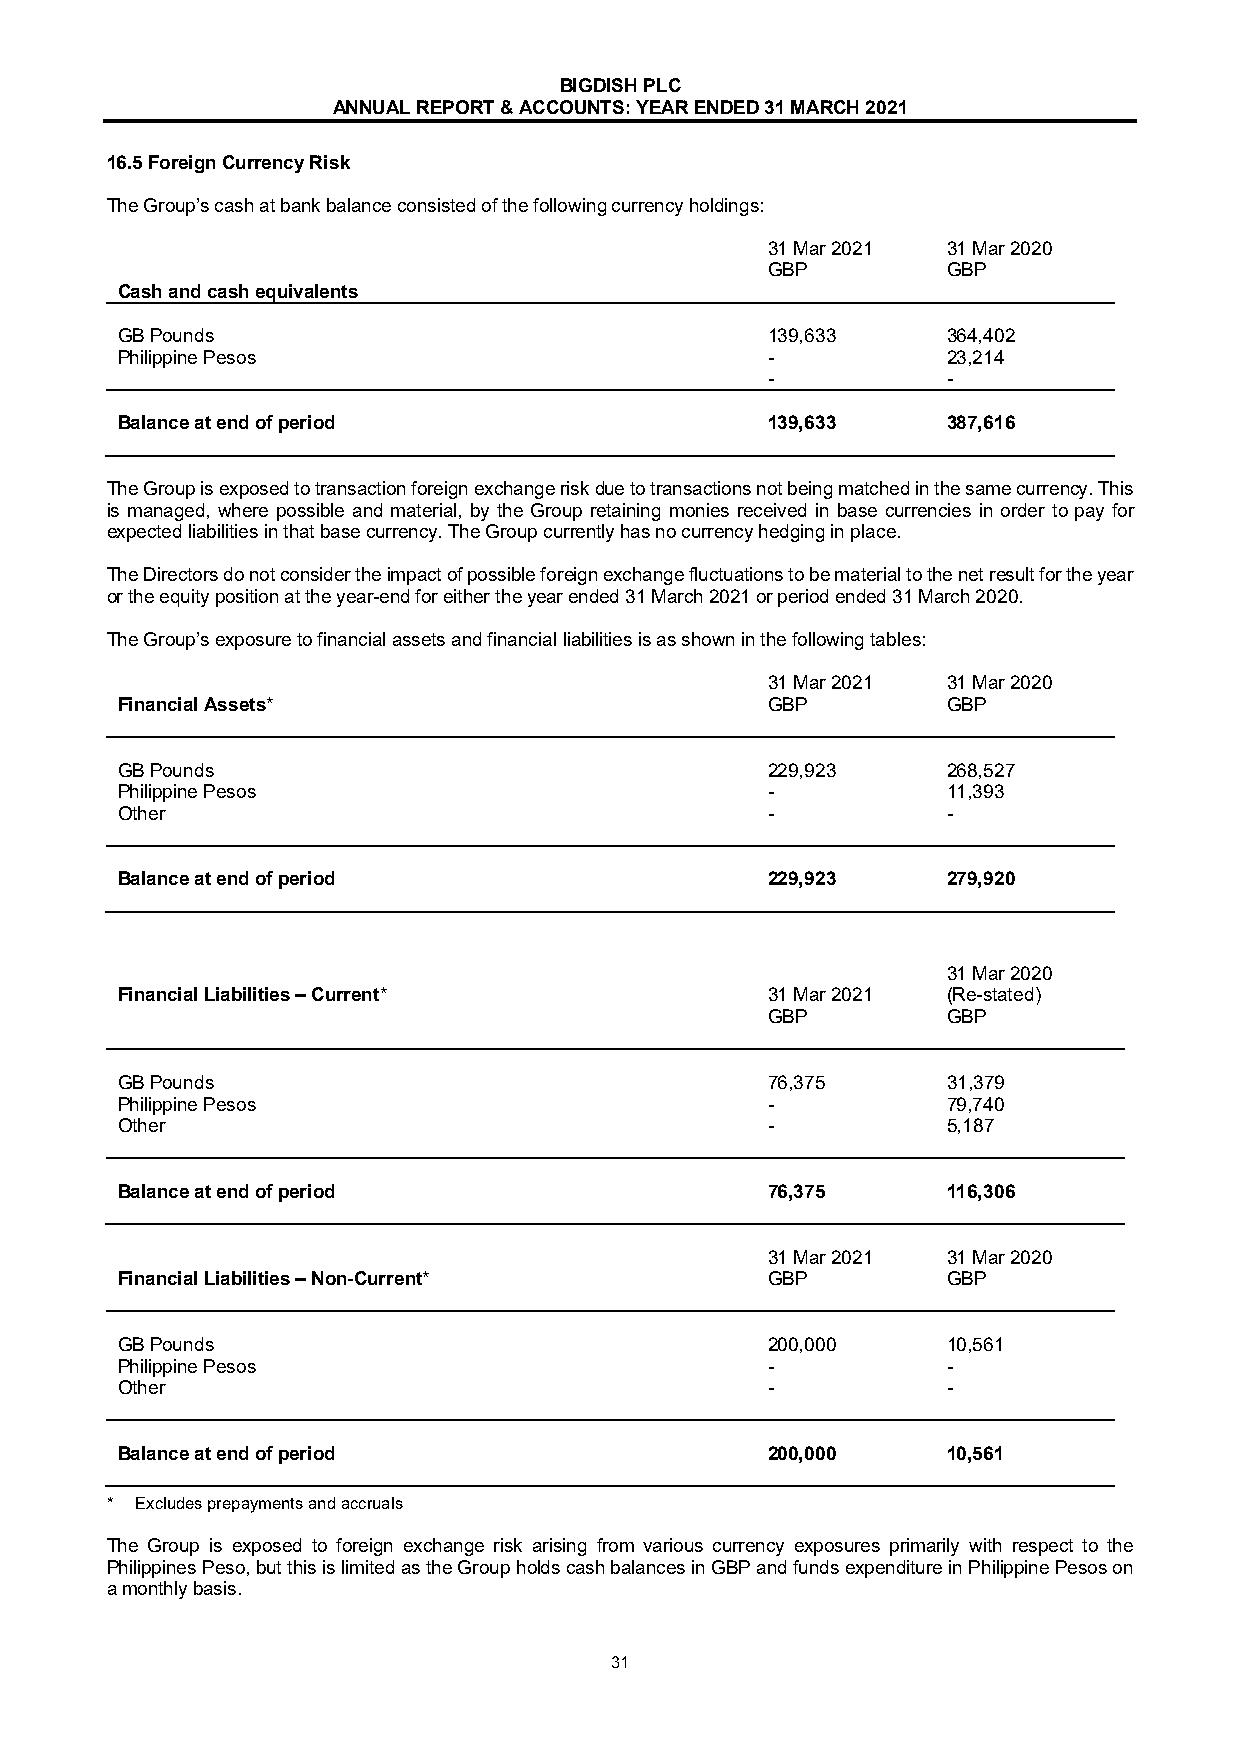
BIGDISH PLC
 ANNUAL REPORT & ACCOUNTS: YEAR ENDED 31 MARCH 2021
 16.5 Foreign Currency Risk
 The Group’s cash at bank balance consisted of the following currency holdings:
 31 Mar 2021 31 Mar 2020
 GBP         GBP
 Cash and cash equivalents
 GB Pounds                                  139,633     364,402
 Philippine Pesos                           -           23,214
 -           -
 Balance at end of period                   139,633     387,616
 The Group is exposed to transaction foreign exchange risk due to transactions not being matched in the same currency. This
 is managed, where possible and material, by the Group retaining monies received in base currencies in order to pay for
 expected liabilities in that base currency. The Group currently has no currency hedging in place.
 The Directors do not consider the impact of possible foreign exchange fluctuations to be material to the net result for the year
 or the equity position at the year-end for either the year ended 31 March 2021 or period ended 31 March 2020.
 The Group’s exposure to financial assets and financial liabilities is as shown in the following tables:
 31 Mar 2021 31 Mar 2020
 Financial Assets*                          GBP         GBP
 GB Pounds                                  229,923     268,527
 Philippine Pesos                           -           11,393
 Other                                      -           -
 Balance at end of period                   229,923     279,920
 31 Mar 2020
 Financial Liabilities – Current*           31 Mar 2021 (Re-stated)
 GBP         GBP
 GB Pounds                                  76,375      31,379
 Philippine Pesos                           -           79,740
 Other                                      -           5,187
 Balance at end of period                   76,375      116,306
 31 Mar 2021 31 Mar 2020
 Financial Liabilities – Non-Current*       GBP         GBP
 GB Pounds                                  200,000     10,561
 Philippine Pesos                           -           -
 Other                                      -           -
 Balance at end of period                   200,000     10,561
 * Excludes prepayments and accruals
 The Group is exposed to foreign exchange risk arising from various currency exposures primarily with respect to the
 Philippines Peso, but this is limited as the Group holds cash balances in GBP and funds expenditure in Philippine Pesos on
 a monthly basis.
 31